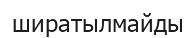
ширатылмайды